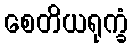
စေတိယရုက္ခံ